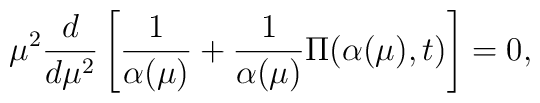
\mu^{2} \frac{d}{ d \mu^{2}} \left[ \frac{1}{\alpha(\mu)} +  \frac{1}{\alpha(\mu)} \Pi( \alpha(\mu), t) \right]=0,